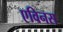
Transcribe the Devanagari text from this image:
एविनस